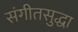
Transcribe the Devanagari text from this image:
संगीतसुद्धा